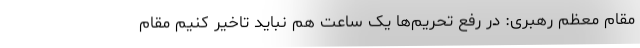
مقام معظم رهبری: در رفع تحریم‌ها یک ساعت هم نباید تاخیر کنیم مقام